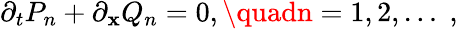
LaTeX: \partial_{t}P_{n}+\partial_{\mathbf{x}}Q_{n}=0,\quadn=1,2,\dots\; ,